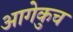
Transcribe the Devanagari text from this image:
आगेकुच